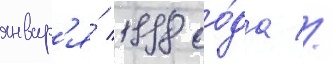
январ'я́ 1998 го́да //